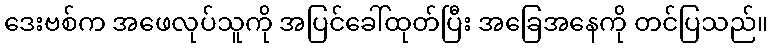
ဒေးဗစ်က အဖေလုပ်သူကို အပြင်ခေါ်ထုတ်ပြီး အခြေအနေကို တင်ပြသည်။